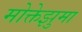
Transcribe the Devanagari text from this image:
मोक्तेझुमा